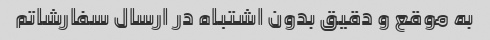
به موقع و دقیق بدون اشتباه در ارسال سفارشاتم